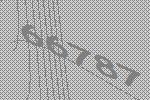
66787